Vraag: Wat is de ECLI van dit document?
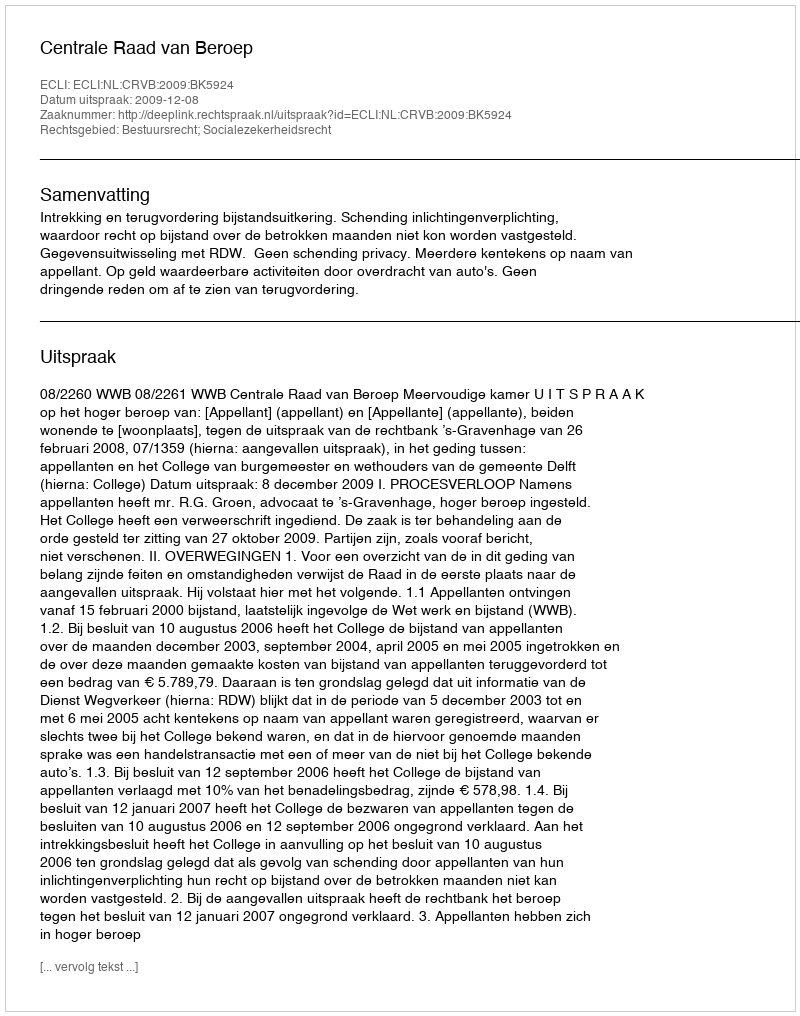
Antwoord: ECLI:NL:CRVB:2009:BK5924